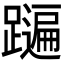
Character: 𨆩